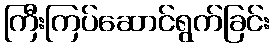
ကြီးကြပ်ဆောင်ရွက်ခြင်း